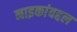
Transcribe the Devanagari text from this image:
नाइकांबद्दल